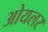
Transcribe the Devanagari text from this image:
ओयलर